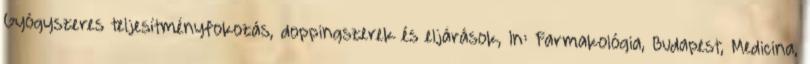
Gyógyszeres teljesítményfokozás, doppingszerek és eljárások, In: Farmakológia, Budapest, Medicina,